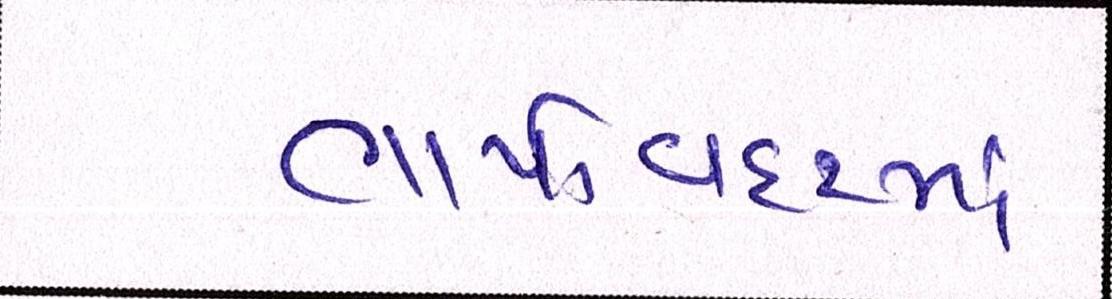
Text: ભાયાવદરમાં